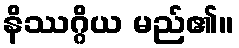
နိဿဂ္ဂိယ မည်၏။